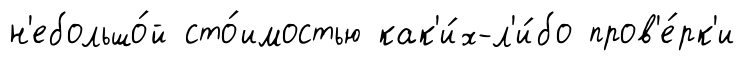
н'ебольшо́й сто́имостью как'и́х-л'и́бо пров'е́рк'и